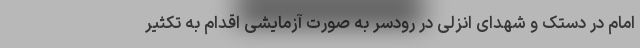
امام در دستک و شهدای انزلی در رودسر به صورت آزمایشی اقدام به تکثیر